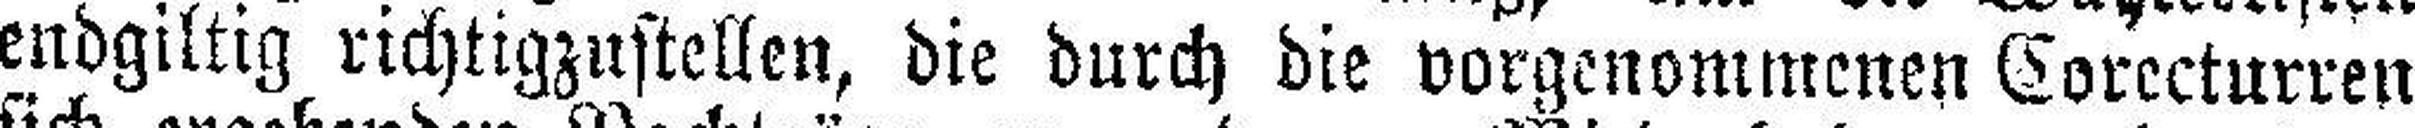
endgiltig richtigzustellen, die durch die vorgenommenen Corecturren